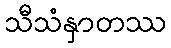
သီသံနှာတဿ